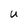
Character: u